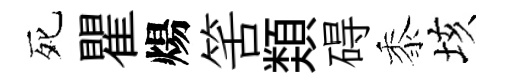
死瞿煬筈𩔖碍黍垓